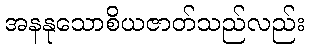
အနနုသောစိယဇာတ်သည်လည်း